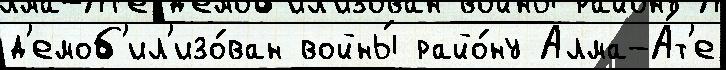
д'емоб'ил'изо́ван войны́ райо́ну Алма-А́т'е